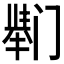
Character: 𫔸